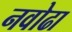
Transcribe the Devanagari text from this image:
नवोढा